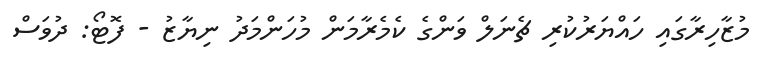
މުޒާހިރާގައި ހައްޔަރުކުރި ޗެނަލް ވަންގެ ކެމެރާމަން މުހަންމަދު ނިޔާޒު - ފޮޓޯ: ދުވަސް